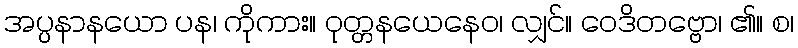
အပ္ပနာနယော ပန၊ ကိုကား။ ဝုတ္တနယေနေဝ၊ လျှင်။ ဝေဒိတဗ္ဗော၊ ၏။ စ၊